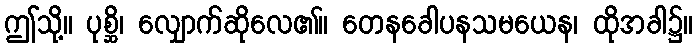
ဤသို့။ ပုစ္ဆိ၊ လျှောက်ဆိုလေ၏။ တေနခေါပနသမယေန၊ ထိုအခါ၌။